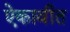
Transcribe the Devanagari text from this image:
ऐकावीत